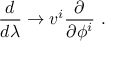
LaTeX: \frac { d } { d \lambda } \rightarrow v ^ { i } \frac { \partial } { \partial \phi ^ { i } } ~ .